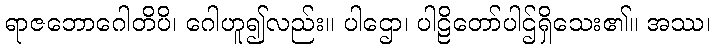
ရာဇဘောဂေါတိပိ၊ ဂေါဟူ၍လည်း။ ပါဌော၊ ပါဠိတော်ပါဌ်ရှိသေး၏။ အဿ၊